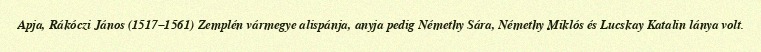
Apja, Rákóczi János (1517–1561) Zemplén vármegye alispánja, anyja pedig Némethy Sára, Némethy Miklós és Lucskay Katalin lánya volt.